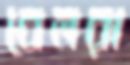
বেলরা